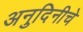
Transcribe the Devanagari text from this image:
अनुदिनीचे